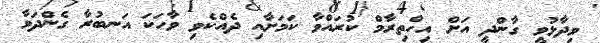
ވިދާޅުވީ ގާންދީ އަށް އިހްތިރާމް ކުރައްވާ ކަމަށާއި ދެއްކެވި ވާހަކަ އަނބުރާ ގެންދަވާ